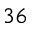
3 6